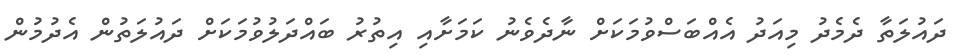
ދައުލަތާ ދެމެދު މިއަދު އެއްބަސްވުމަކަށް ނާދެވެނު ކަމަށާއި އިތުރު ބައްދަލުވުމަކަށް ދައުލަތުން އެދުމުން